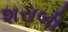
શરાબી